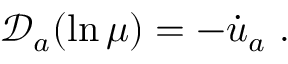
\mathscr { D } _ { a } ( \ln \mu ) = - \dot { u } _ { a } ~ .